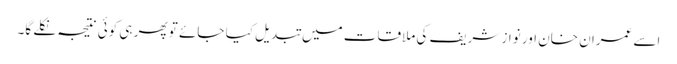
اسے عمران خان اور نواز شریف کی ملاقات میں تبدیل کیا جائے تو پھر ہی کوئی نتیجہ نکلے گا۔